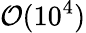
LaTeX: {\mathcal O}(10^{4})